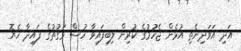
އަދި އަވަދިނެތި އުޅެން ޖެހުމުގެ ކުރިން ލިބިފައިވާ ހުސް ވަގުތުގެ ފައިދާ ހެޔޮ